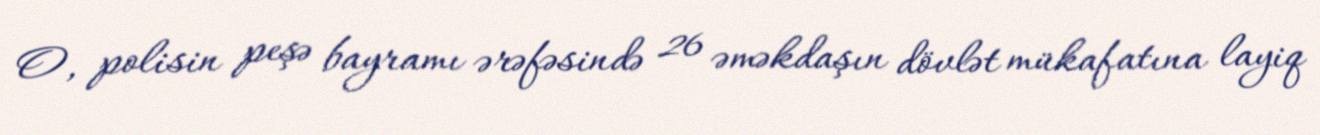
O, polisin peşə bayramı ərəfəsində 26 əməkdaşın dövlət mükafatına layiq